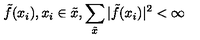
\tilde { f } ( x _ { i } ) , x _ { i } \in \tilde { x } , \sum _ { \tilde { x } } | \tilde { f } ( x _ { i } ) | ^ { 2 } < \infty